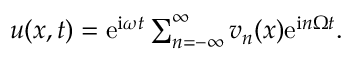
\begin{array} { r } { u ( x , t ) = \mathrm { e } ^ { \mathrm { i } \omega t } \sum _ { n = - \infty } ^ { \infty } v _ { n } ( x ) \mathrm { e } ^ { \mathrm { i } n \Omega t } . } \end{array}